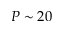
P \sim 2 0